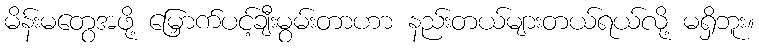
မိန်းမတွေအဖို့ မြှောက်ပင့်ချီးမွမ်းတာဟာ နည်းတယ်များတယ်ရယ်လို့ မရှိဘူး။